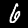
Digit: 6